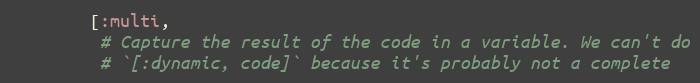
Language: Ruby
        [:multi,
         # Capture the result of the code in a variable. We can't do
         # `[:dynamic, code]` because it's probably not a complete